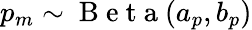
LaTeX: p_{m}\sim\mathrm{~B~e~t~a~}(a_{p},b_{p})